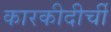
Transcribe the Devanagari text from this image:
कारकीदीर्ची